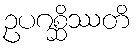
ဥပဂစ္ဆိဿတိ